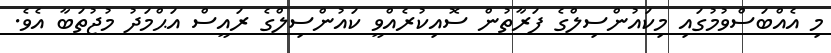
މި އެއްބަސްވުމުގައި މިކައުންސިލްގެ ފަރާތުން ސޮއިކުރެއްވީ ކައުންސިލްގެ ރައީސް އަޙްމަދު މުޖުތަބާ އެވެ.